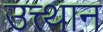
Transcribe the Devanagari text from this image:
उत्त्थान